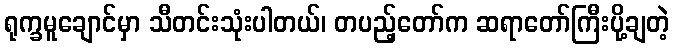
ရုက္ခမူချောင်မှာ သီတင်းသုံးပါတယ်၊ တပည့်တော်က ဆရာတော်ကြီးပို့ချတဲ့